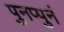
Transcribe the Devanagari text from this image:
पुनप्पुनं